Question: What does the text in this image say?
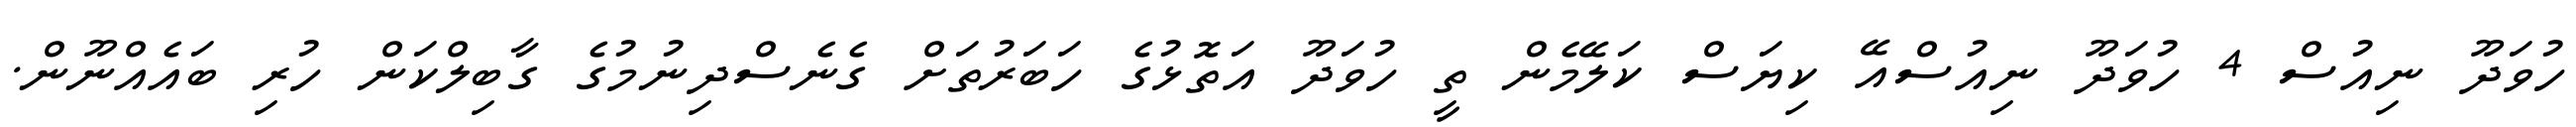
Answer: ހުވަދޫ ނިއުސް 4 ހުވަދޫ ނިއުސްއޭ ކިޔަސް ކަލޭމެން ތީ ހުވަދޫ އަތޮޅުގެ ހަބަރުތަށް ގެނެސްދިނުމުގެ ގާބިލްކަން ހުރި ބައެއްނޫން.